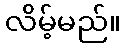
လိမ့်မည်။